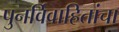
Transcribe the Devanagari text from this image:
पुनर्विवाहितांचा